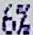
6%